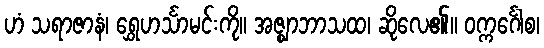
ဟံ သရာဇာနံ၊ ရွှေဟင်္သာမင်းကို။ အဇ္ဈာဘာသထ၊ ဆိုလေ၏။ ဝက္ကင်္ဂေါစ၊